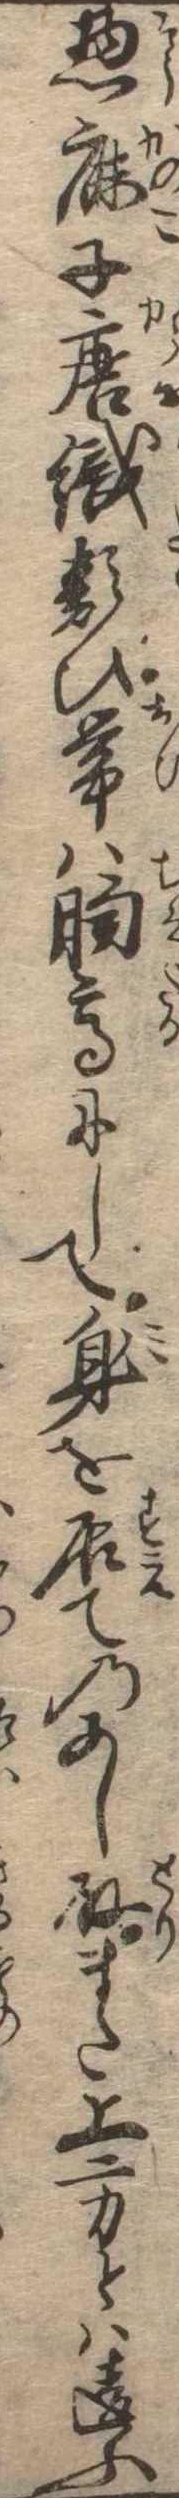
惣鹿子唐織類ひ帯は胸高にして身を居てのあし取また上方とは違ふ